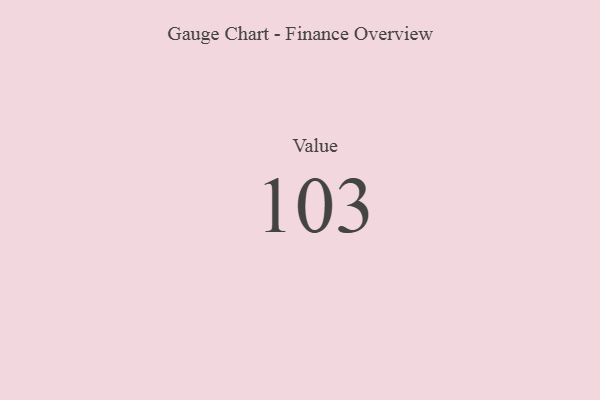
{"axis": {"x": "Metric", "y": "Value"}, "legend": [""], "data": [{"x": "Value", "y": 103, "type": ""}]}